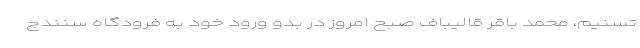
تسنیم، محمد باقر قالیباف صبح امروز در بدو ورود خود به فرودگاه سنندج